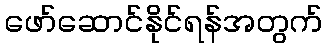
ဖော်ဆောင်နိုင်ရန်အတွက်